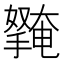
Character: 𭢱